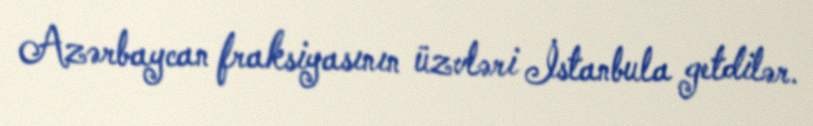
Azərbaycan fraksiyasının üzvləri İstanbula getdilər.